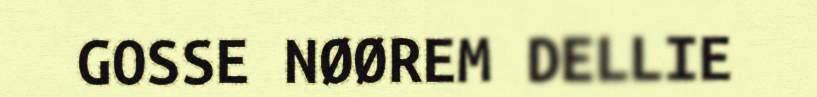
GOSSE NØØREM DELLIE